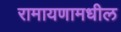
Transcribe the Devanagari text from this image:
रामायणामधील